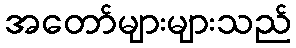
အတော်များများသည်